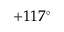
+ 1 1 7 ^ { \circ }